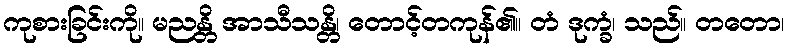
ကုစားခြင်းကို။ မညန္တိ အာသီသန္တိ၊ တောင့်တကုန်၏။ တံ ဒုက္ခံ၊ သည်။ တတော၊